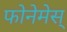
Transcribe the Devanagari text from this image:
फोनेमेस्